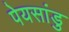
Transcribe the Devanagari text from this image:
पेयसांडु